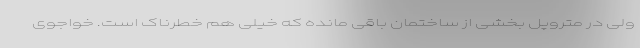
ولی در متروپل بخشی از ساختمان باقی مانده که خیلی هم خطرناک است. خواجوی